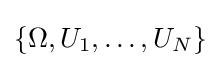
\{\Omega ,U_{1},\dots ,U_{N}\}